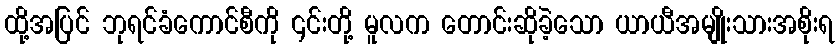
ထို့အပြင် ဘုရင်ခံကောင်စီကို ၎င်းတို့ မူလက တောင်းဆိုခဲ့သော ယာယီအမျိုးသားအစိုးရ